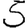
Digit: 5